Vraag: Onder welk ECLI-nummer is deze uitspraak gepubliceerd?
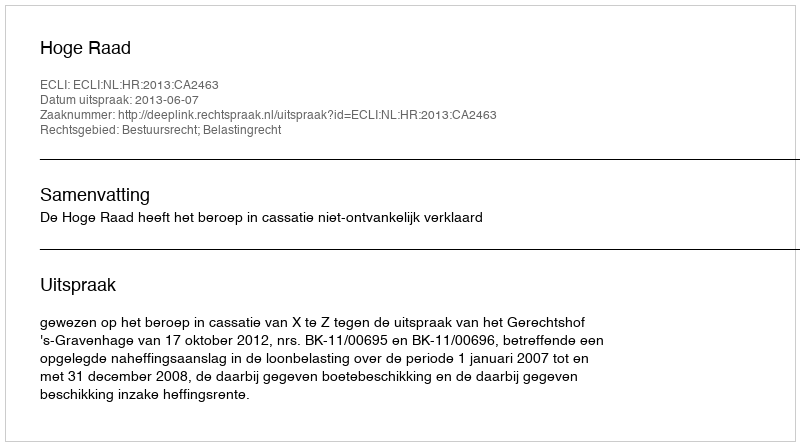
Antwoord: ECLI:NL:HR:2013:CA2463